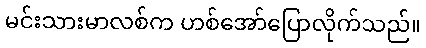
မင်းသားမာလစ်က ဟစ်အော်ပြောလိုက်သည်။